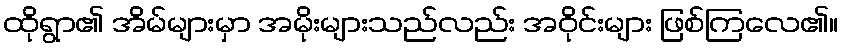
ထိုရွာ၏ အိမ်များမှာ အမိုးများသည်လည်း အဝိုင်းများ ဖြစ်ကြလေ၏။